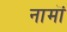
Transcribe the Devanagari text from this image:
नामॊं